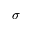
\sigma